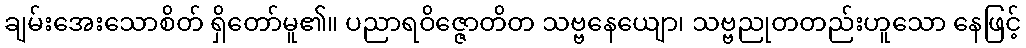
ချမ်းအေးသောစိတ် ရှိတော်မူ၏။ ပညာရဝိဇ္ဇောတိတ သဗ္ဗနေယျော၊ သဗ္ဗညုတတည်းဟူသော နေဖြင့်